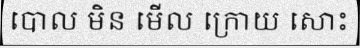
បោល មិន មើល ក្រោយ សោះ